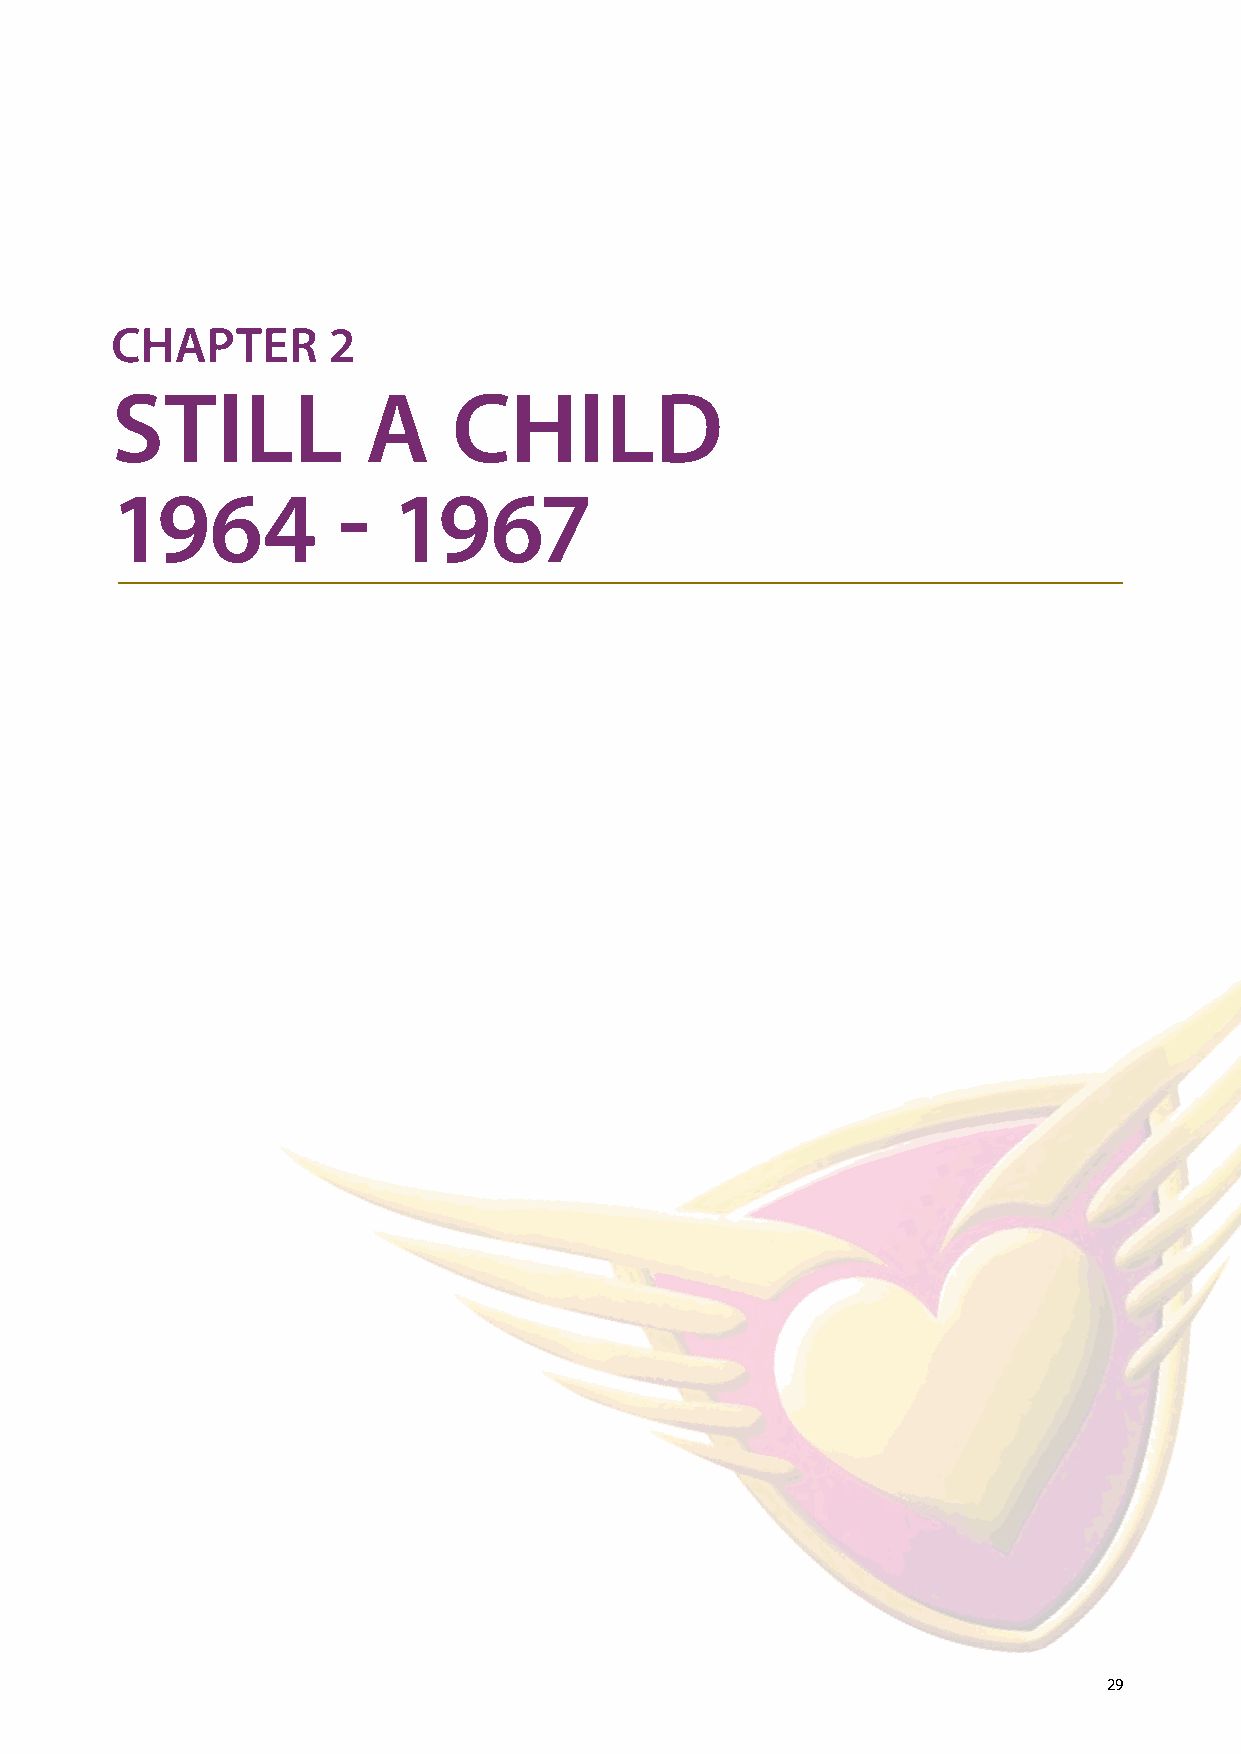
CHAPTER        2
 STILL            A     CHILD
 1964           -   1967
 29